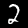
Digit: 2